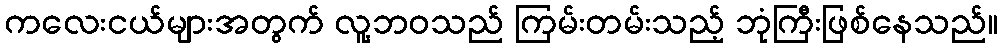
ကလေးငယ်များအတွက် လူ့ဘဝသည် ကြမ်းတမ်းသည့် ဘုံကြီးဖြစ်နေသည်။